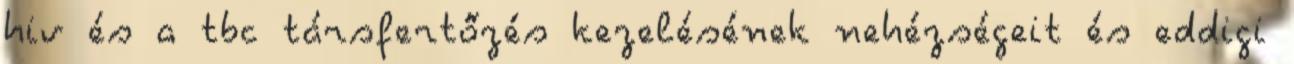
hiv és a tbc társfertőzés kezelésének nehézségeit és eddigi